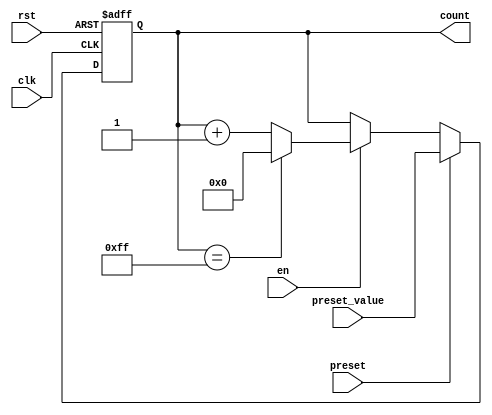
module presettable_counter (
    input wire clk,               // Clock signal
    input wire rst,               // Asynchronous reset
    input wire preset,            // Preset control signal
    input wire [7:0] preset_value,// Preset value (8-bit)
    input wire en,                // Enable signal
    output reg [7:0] count        // Counter value (8-bit)
);

    // Always block triggered on the rising edge of the clock or when reset is asserted
    always @(posedge clk or posedge rst) begin
        if (rst) begin
            count <= 8'b0;         // Asynchronous reset to zero
        end else if (preset) begin
            count <= preset_value; // Load preset value
        end else if (en) begin
            if (count == 8'b11111111) begin
                count <= 8'b0;     // Wrap around condition
            end else begin
                count <= count + 1; // Increment the counter
            end
        end
        // If enable is low, the counter holds its value
    end

endmodule